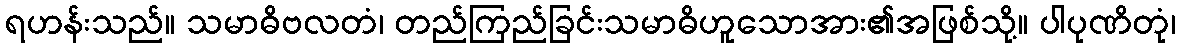
ရဟန်းသည်။ သမာဓိဗလတံ၊ တည်ကြည်ခြင်းသမာဓိဟူသောအား၏အဖြစ်သို့။ ပါပုဏိတုံ၊